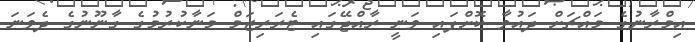
އިމްރާނުގެ މައްޗަށް ދައުވާ ކޮށްފައި ވަނީ ރާއްޖޭގައި ޓެރަރިޒަމް މަނާކުރުމުގެ ގާނޫނުގެ ދެވަނަ